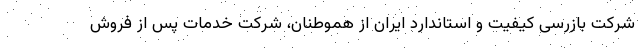
شرکت بازرسی کیفیت و استاندارد ایران از هموطنان، شرکت خدمات پس از فروش